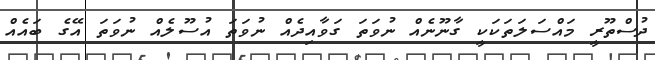
ދުސްތޫރީ މައްސަލަތަކަކީ ގާނޫނެއް ނުވަތަ ގަވާއިދެއް ނުވަތަ އުސޫލެއް ނުވަތަ އޭގެ ބައެއް